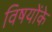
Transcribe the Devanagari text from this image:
विषयोंके